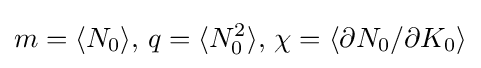
m=\langle N_{0}\rangle ,\,q=\langle N_{0}^{2}\rangle ,\,\chi =\langle \partial N_{0}/\partial K_{0}\rangle